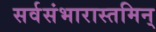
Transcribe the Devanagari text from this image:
सर्वसंभारास्तमिन्‌